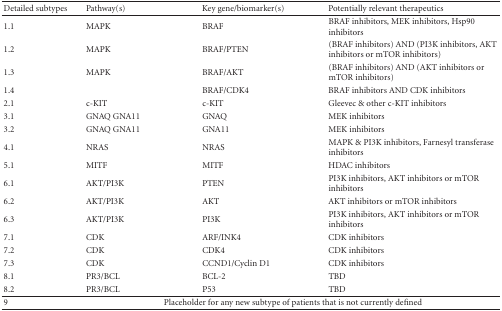
<table><thead><tr><td><b>Detailed subtypes</b></td><td><b>Pathway(s)</b></td><td><b>Key gene/biomarker(s)</b></td><td><b>Potentially relevant therapeutics</b></td></tr></thead><tbody><tr><td>1.1</td><td>MAPK</td><td>BRAF</td><td>BRAF inhibitors, MEK inhibitors, Hsp90 inhibitors</td></tr><tr><td>1.2</td><td>MAPK</td><td>BRAF/PTEN</td><td>(BRAF inhibitors) AND (PI3K inhibitors, AKT inhibitors or mTOR inhibitors)</td></tr><tr><td>1.3</td><td>MAPK</td><td>BRAF/AKT</td><td>(BRAF inhibitors) AND (AKT inhibitors or mTOR inhibitors)</td></tr><tr><td>1.4</td><td></td><td>BRAF/CDK4</td><td>BRAF inhibitors AND CDK inhibitors</td></tr><tr><td>2.1</td><td>c-KIT</td><td>c-KIT</td><td>Gleevec &amp; other c-KIT inhibitors</td></tr><tr><td>3.1</td><td>GNAQ GNA11</td><td>GNAQ</td><td>MEK inhibitors</td></tr><tr><td>3.2</td><td>GNAQ GNA11</td><td>GNA11</td><td>MEK inhibitors</td></tr><tr><td>4.1</td><td>NRAS</td><td>NRAS</td><td>MAPK &amp; PI3K inhibitors, Farnesyl transferase inhibitors</td></tr><tr><td>5.1</td><td>MITF</td><td>MITF</td><td>HDAC inhibitors</td></tr><tr><td>6.1</td><td>AKT/PI3K</td><td>PTEN</td><td>PI3K inhibitors, AKT inhibitors or mTOR inhibitors</td></tr><tr><td>6.2</td><td>AKT/PI3K</td><td>AKT</td><td>AKT inhibitors or mTOR inhibitors</td></tr><tr><td>6.3</td><td>AKT/PI3K</td><td>PI3K</td><td>PI3K inhibitors, AKT inhibitors or mTOR inhibitors</td></tr><tr><td>7.1</td><td>CDK</td><td>ARF/INK4</td><td>CDK inhibitors</td></tr><tr><td>7.2</td><td>CDK</td><td>CDK4</td><td>CDK inhibitors</td></tr><tr><td>7.3</td><td>CDK</td><td>CCND1/Cyclin D1</td><td>CDK inhibitors</td></tr><tr><td>8.1</td><td>PR3/BCL</td><td>BCL-2</td><td>TBD</td></tr><tr><td>8.2</td><td>PR3/BCL</td><td>P53</td><td>TBD</td></tr><tr><td>9</td><td colspan="3">Placeholder for any new subtype of patients that is not currently defined</td></tr></tbody></table>